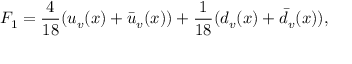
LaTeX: F _ { 1 } = \frac { 4 } { 1 8 } ( u _ { v } ( x ) + \bar { u } _ { v } ( x ) ) + \frac { 1 } { 1 8 } ( d _ { v } ( x ) + \bar { d } _ { v } ( x ) ) ,